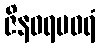
ဇိနဝရပဝရံ